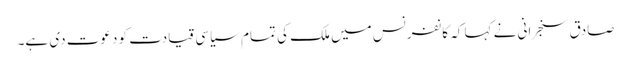
صادق سنجرانی نے کہا کہ کانفرنس میں ملک کی تمام سیاسی قیادت کو دعوت دی ہے۔